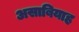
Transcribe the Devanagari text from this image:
असाबियाह